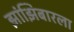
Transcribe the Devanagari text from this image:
झांझिबारला